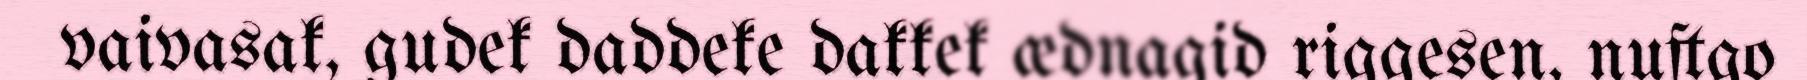
vaivasak, gudek daddeke dakkek ædnagid riggesen, nuftgo